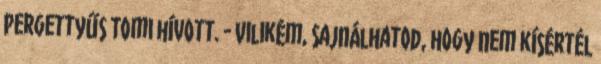
Pergettyűs Tomi hívott. - Vilikém, sajnálhatod, hogy nem kísértél